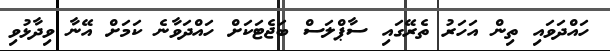
ހައްދަވައި ތިން އަހަރު ތެރޭގައި ސާޕްލަސް ބަޖެޓަކަށް ހައްދަވާނެ ކަމަށް އޭނާ ވިދާޅުވި